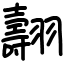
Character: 翿